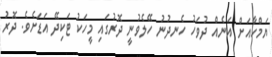
ޔަމްހާއަށް އަނެއް ދުވަހު ހެނދުނު ހޭލެވުނީ ދޮރުގައި މީހަކު ޓަކިދޭ އަޑަށެވެ. ދޮރު